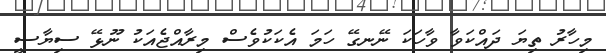
މިހާރު ތިޔަ ދައްކަވާ ވާހަކަ ނޭނގޭ ހަމަ އެކަކުވެސް މިރާއްޖެއަކު ނޫޅޭ ސިޔާސީ